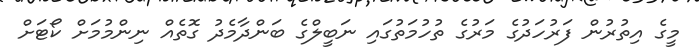
މީގެ އިތުރުން ފަރުހަދުގެ މަރުގެ ތުހުމަތުގައި ނަބީލްގެ ބަންދާމެދު ގޮތެއް ނިންމުމަށް ކޯޓަށް